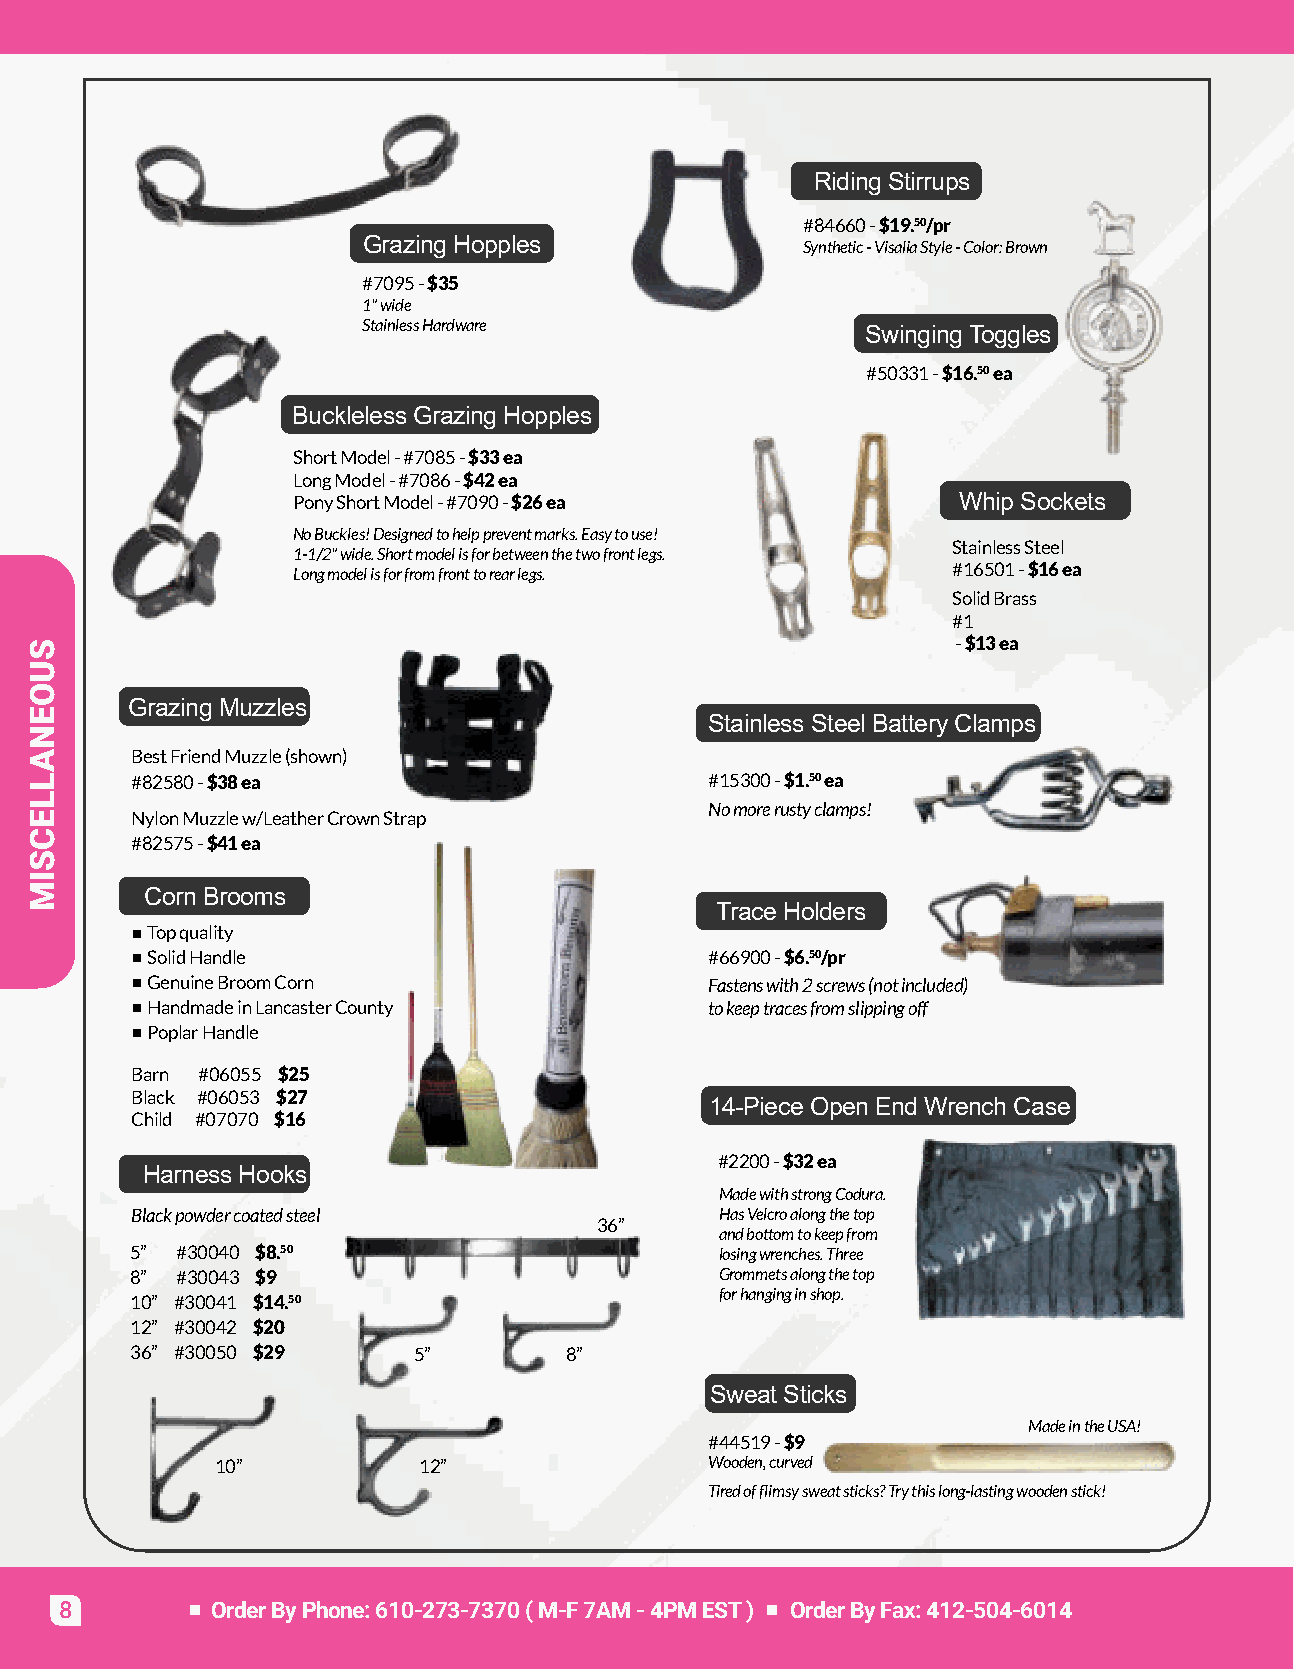
RidingStirrups
 #84660-$19.50/pr
 GrazingHopples
 Synthetic-VisaliaStyle-Color:Brown
 #7095-$35
 1"wide
 StainlessHardware                SwingingToggles
 #50331-$16.50ea
 BucklelessGrazingHopples
 ShortModel-#7085-$33ea
 LongModel-#7086-$42ea
 PonyShortModel-#7090-$26ea                  WhipSockets
 NoBuckles!Designedtohelppreventmarks.Easytouse!
 StainlessSteel
 1-1/2"wide.Shortmodelisforbetweenthetwofrontlegs.
 Longmodelisforfromfronttorearlegs.          #16501-$16ea
 SolidBrass
 #1
 -$13ea
 GrazingMuzzles
 StainlessSteelBatteryClamps
 BestFriendMuzzle(shown)
 #82580-$38ea                          #15300-$1.50ea
 Nomorerustyclamps!
 NylonMuzzlew/LeatherCrownStrap
 #82575-$41ea
 CornBrooms
 TraceHolders
 Topquality
 SolidHandle                          #66900-$6.50/pr
 GenuineBroomCorn                     Fastenswith2screws(notincluded)
 HandmadeinLancasterCounty            tokeeptracesfromslippingoff
 PoplarHandle
 Barn #06055 $25
 Black #06053 $27
 14-PieceOpenEndWrenchCase
 Child #07070 $16
 #2200-$32ea
 HarnessHooks
 MadewithstrongCodura.
 Blackpowdercoatedsteel                 HasVelcroalongthetop
 36”
 andbottomtokeepfrom
 5” #30040 $8.50                        losingwrenches.Three
 8” #30043 $9                           Grommetsalongthetop
 forhanginginshop.
 10” #30041 $14.50
 12” #30042 $20
 36” #30050 $29    5”        8”
 SweatSticks
 MadeintheUSA!
 #44519-$9
 10”           12”                Wooden,curved
 Tiredofflimsysweatsticks?Trythislong-lastingwoodenstick!
 8         OrderByPhone:610-273-7370(M-F7AM-4PMEST) OrderByFax:412-504-6014
 SUOENALLECSIM